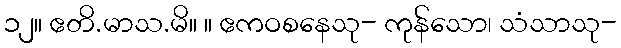
၁၂။ ဧတိ.မာသ.မိ။ ။ ဧကဝစနေသု- ကုန်သော၊ သံသာသု-